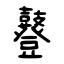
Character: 鼟